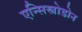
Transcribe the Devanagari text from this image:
एन्सिस्त्रोडोन